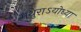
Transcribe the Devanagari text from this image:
मथुराऽयोध्या